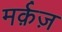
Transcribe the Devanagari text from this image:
मर्क़ज़